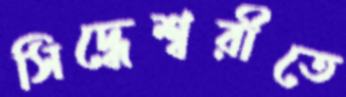
সিদ্ধেশ্বরীতে